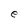
Character: e